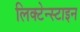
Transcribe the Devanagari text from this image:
लिक्टेन्स्टाइन